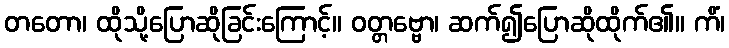
တတော၊ ထိုသို့ပြောဆိုခြင်းကြောင့်။ ဝတ္တဗ္ဗော၊ ဆက်၍ပြောဆိုထိုက်၏။ ကိံ၊